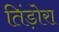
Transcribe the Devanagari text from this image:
तिंड़ोरा